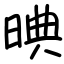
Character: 晪